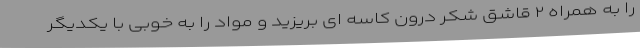
را به همراه ۲ قاشق شکر درون کاسه ای بریزید و مواد را به خوبی با یکدیگر